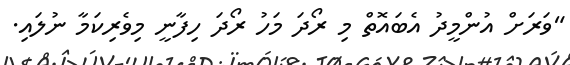
"ވަރަށް އުންމީދު އެބައޮތް މި ރޯދަ މަހު ރޯދަ ހިފާނީ މިވެރިކަމާ ނުލައި.